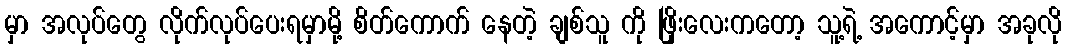
မှာ အလုပ်တွေ လိုက်လုပ်ပေးရမှာမို့ စိတ်ကောက် နေတဲ့ ချစ်သူ ကို ဖြိုးလေးကတော့ သူ့ရဲ့ အကောင့်မှာ အခုလို